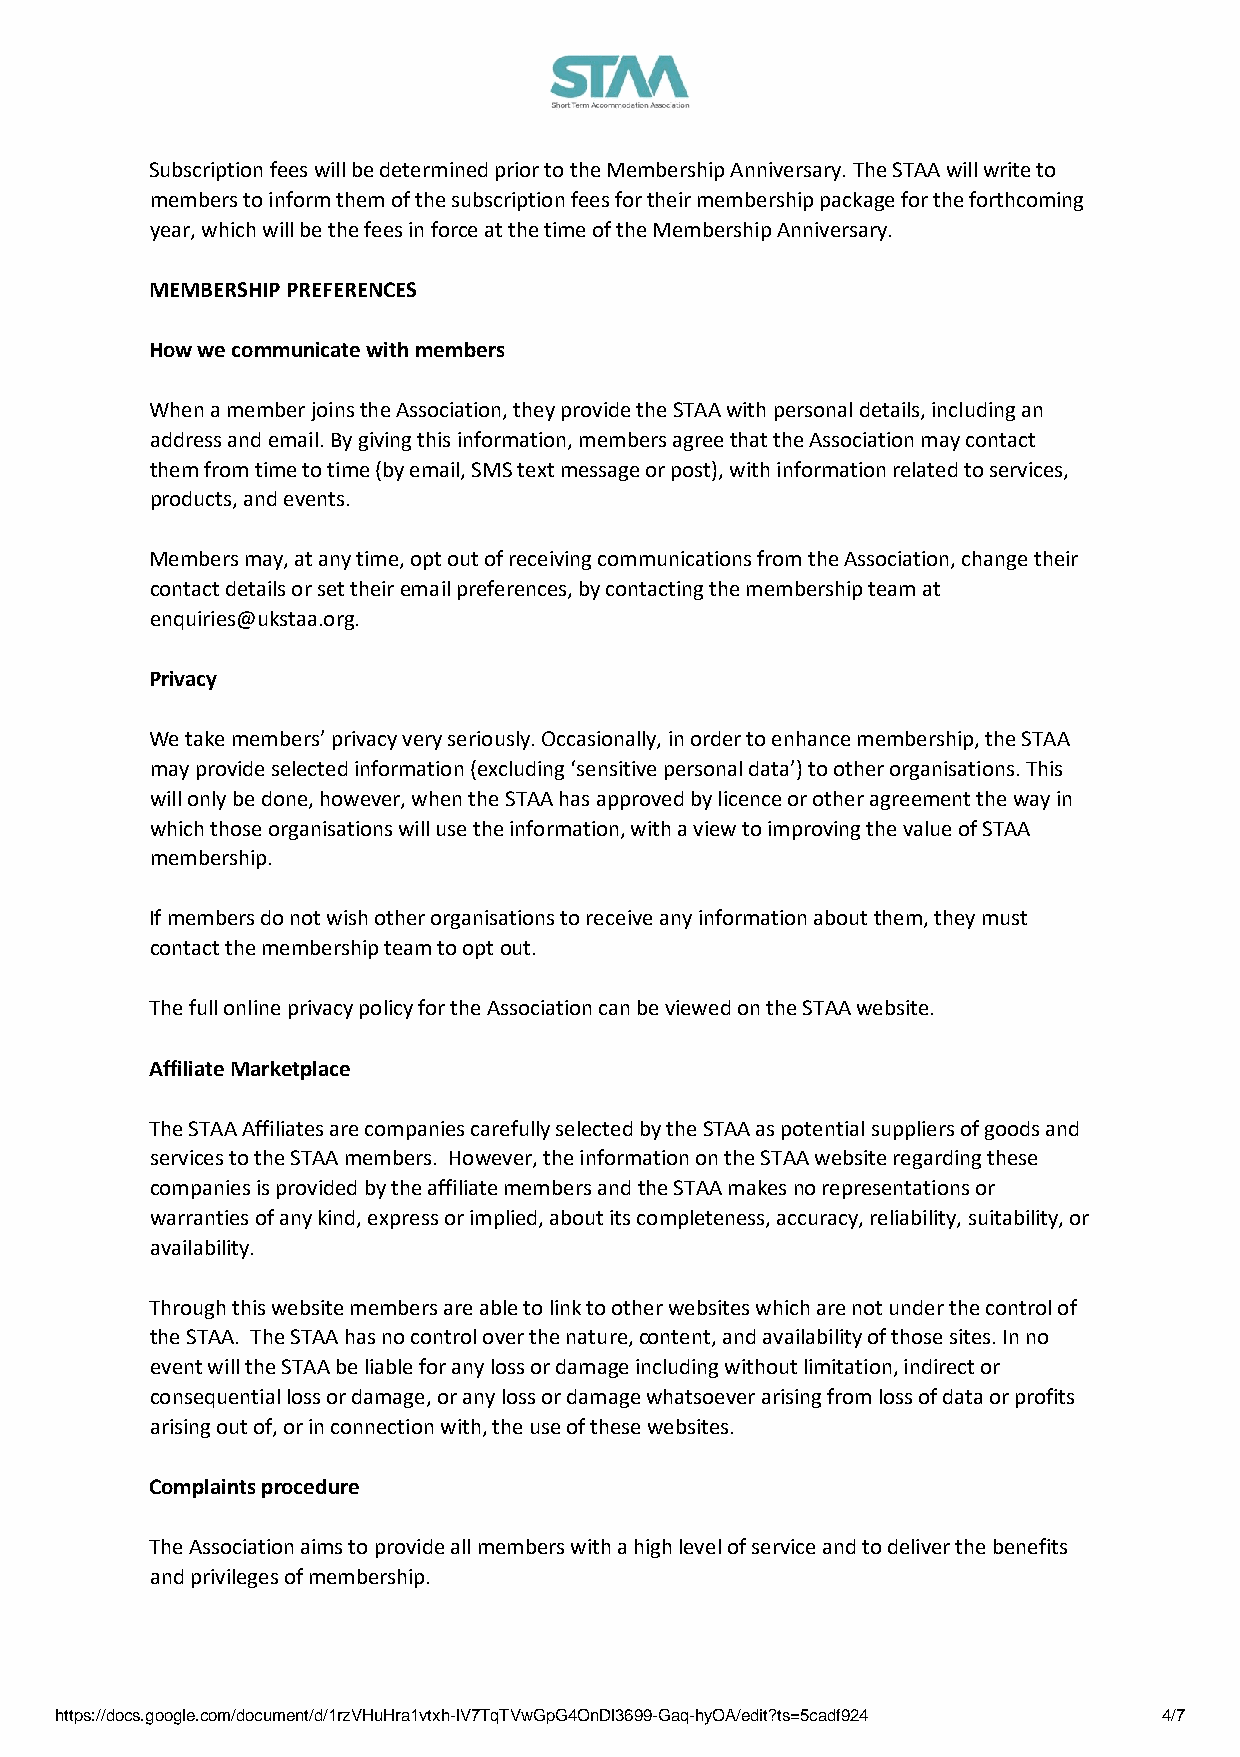
Subscription fees will be determined prior to the Membership Anniversary. The STAA will write to
 members to inform them of the subscription fees for their membership package for the forthcoming
 year, which will be the fees in force at the time of the Membership Anniversary.
 MEMBERSHIP PREFERENCES
 How we communicate with members
 When a member joins the Association, they provide the STAA with personal details, including an
 address and email. By giving this information, members agree that the Association may contact
 them from time to time (by email, SMS text message or post), with information related to services,
 products, and events.
 Members may, at any time, opt out of receiving communications from the Association, change their
 contact details or set their email preferences, by contacting the membership team at
 enquiries@ukstaa.org.
 Privacy
 We take members’ privacy very seriously. Occasionally, in order to enhance membership, the STAA
 may provide selected information (excluding ‘sensitive personal data’) to other organisations. This
 will only be done, however, when the STAA has approved by licence or other agreement the way in
 which those organisations will use the information, with a view to improving the value of STAA
 membership.
 If members do not wish other organisations to receive any information about them, they must
 contact the membership team to opt out.
 The full online privacy policy for the Association can be viewed on the STAA website.
 Affiliate Marketplace
 The STAA Affiliates are companies carefully selected by the STAA as potential suppliers of goods and
 services to the STAA members. However, the information on the STAA website regarding these
 companies is provided by the affiliate members and the STAA makes no representations or
 warranties of any kind, express or implied, about its completeness, accuracy, reliability, suitability, or
 availability.
 Through this website members are able to link to other websites which are not under the control of
 the STAA. The STAA has no control over the nature, content, and availability of those sites. In no
 event will the STAA be liable for any loss or damage including without limitation, indirect or
 consequential loss or damage, or any loss or damage whatsoever arising from loss of data or profits
 arising out of, or in connection with, the use of these websites.
 Complaints procedure
 The Association aims to provide all members with a high level of service and to deliver the benefits
 and privileges of membership.
 https://docs.google.com/document/d/1rzVHuHra1vtxh-lV7TqTVwGpG4OnDl3699-Gaq-hyOA/edit?ts=5cadf924 4/7